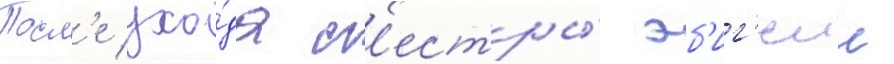
Посл'е ухо́да с'естры́ эб'иг'еил